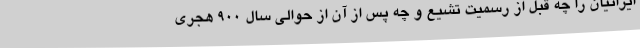
ایرانیان را چه قبل از رسمیت تشیع و چه پس از آن از حوالی سال 900 هجری